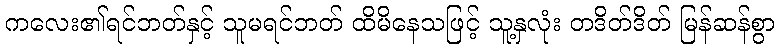
ကလေး၏ရင်ဘတ်နှင့် သူမရင်ဘတ် ထိမိနေသဖြင့် သူ့နှလုံး တဒိတ်ဒိတ် မြန်ဆန်စွာ